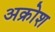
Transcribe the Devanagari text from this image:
अक्रोश